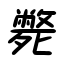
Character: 斃